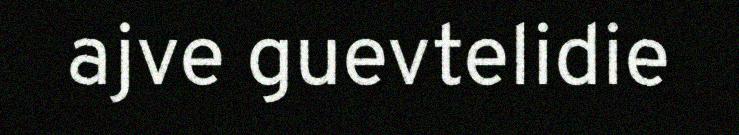
ajve guevtelidie